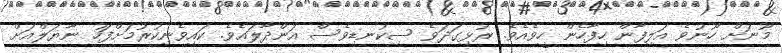
މޫނަށް ހޫނުވެ އަލިފާން ހިފާހެން ހީވެއެވެ. ރުޅިގަދަވެ ސިކުނޑިވެސް އަންދާލައެވެ. ކައިވެނިކުރުމަށްފަހު ނާޔަލްއަށް